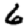
Digit: 6